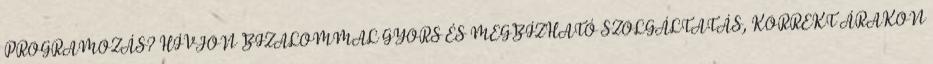
PROGRAMOZÁS? HÍVJON BIZALOMMAL GYORS ÉS MEGBÍZHATÓ SZOLGÁLTATÁS, KORREKT ÁRAKON